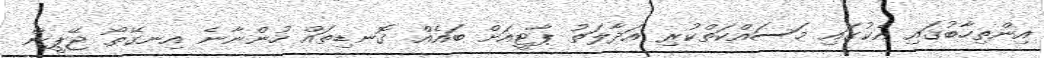
އިންތިހާބުގައި އެކުގައި މަސައްކަތްކުރި އަދާލަތު ޕާޓީއަށް ބައެއް ގޮނޑިތައް ހުންނާނެ އިނގޭތޯ ޖޭޕީން